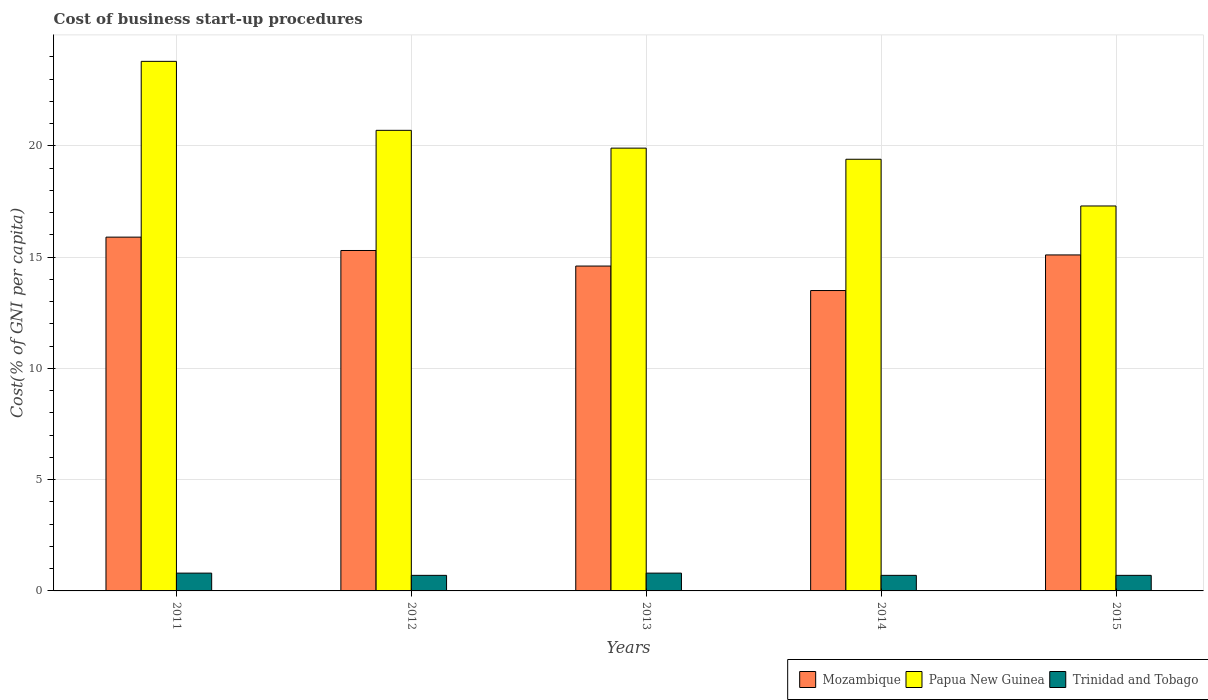
| Years | Mozambique | Papua New Guinea | Trinidad and Tobago |
 | --- | --- | --- | --- |
 | 2011 | 15.9 | 23.8 | 0.8 |
 | 2012 | 15.3 | 20.7 | 0.7 |
 | 2013 | 14.6 | 19.9 | 0.8 |
 | 2014 | 13.5 | 19.4 | 0.7 |
 | 2015 | 15.1 | 17.3 | 0.7 |